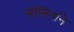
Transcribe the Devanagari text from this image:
मोमिननि